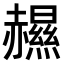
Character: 𧹽